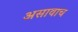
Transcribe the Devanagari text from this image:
असावाच